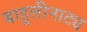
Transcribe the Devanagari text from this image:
बाहुलीनाट्य